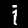
Digit: 1